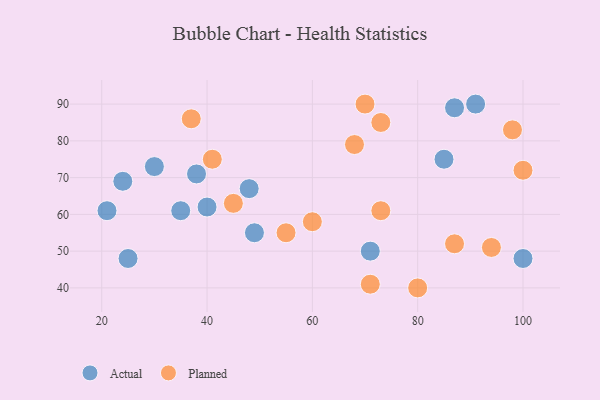
{"axis": {"x": "GDP", "y": "Life Expectancy"}, "legend": ["Actual", "Planned"], "data": [{"x": "85", "y": 75, "type": "Actual"}, {"x": "49", "y": 55, "type": "Actual"}, {"x": "38", "y": 71, "type": "Actual"}, {"x": "48", "y": 67, "type": "Actual"}, {"x": "30", "y": 73, "type": "Actual"}, {"x": "91", "y": 90, "type": "Actual"}, {"x": "71", "y": 50, "type": "Actual"}, {"x": "25", "y": 48, "type": "Actual"}, {"x": "24", "y": 69, "type": "Actual"}, {"x": "40", "y": 62, "type": "Actual"}, {"x": "100", "y": 48, "type": "Actual"}, {"x": "21", "y": 61, "type": "Actual"}, {"x": "87", "y": 89, "type": "Actual"}, {"x": "35", "y": 61, "type": "Actual"}, {"x": "55", "y": 55, "type": "Planned"}, {"x": "100", "y": 72, "type": "Planned"}, {"x": "41", "y": 75, "type": "Planned"}, {"x": "80", "y": 40, "type": "Planned"}, {"x": "60", "y": 58, "type": "Planned"}, {"x": "73", "y": 85, "type": "Planned"}, {"x": "71", "y": 41, "type": "Planned"}, {"x": "45", "y": 63, "type": "Planned"}, {"x": "70", "y": 90, "type": "Planned"}, {"x": "94", "y": 51, "type": "Planned"}, {"x": "98", "y": 83, "type": "Planned"}, {"x": "37", "y": 86, "type": "Planned"}, {"x": "87", "y": 52, "type": "Planned"}, {"x": "73", "y": 61, "type": "Planned"}, {"x": "68", "y": 79, "type": "Planned"}]}